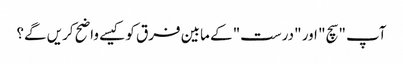
آپ "سچ" اور "درست" کے مابین فرق کو کیسے واضح کریں گے؟